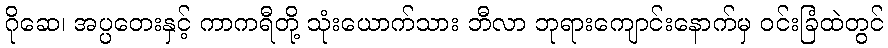
ဂိုဆေ၊ အပ္ပတေးနှင့် ကာကရီတို့ သုံးယောက်သား ဘီလာ ဘုရားကျောင်းနောက်မှ ဝင်းခြံထဲတွင်